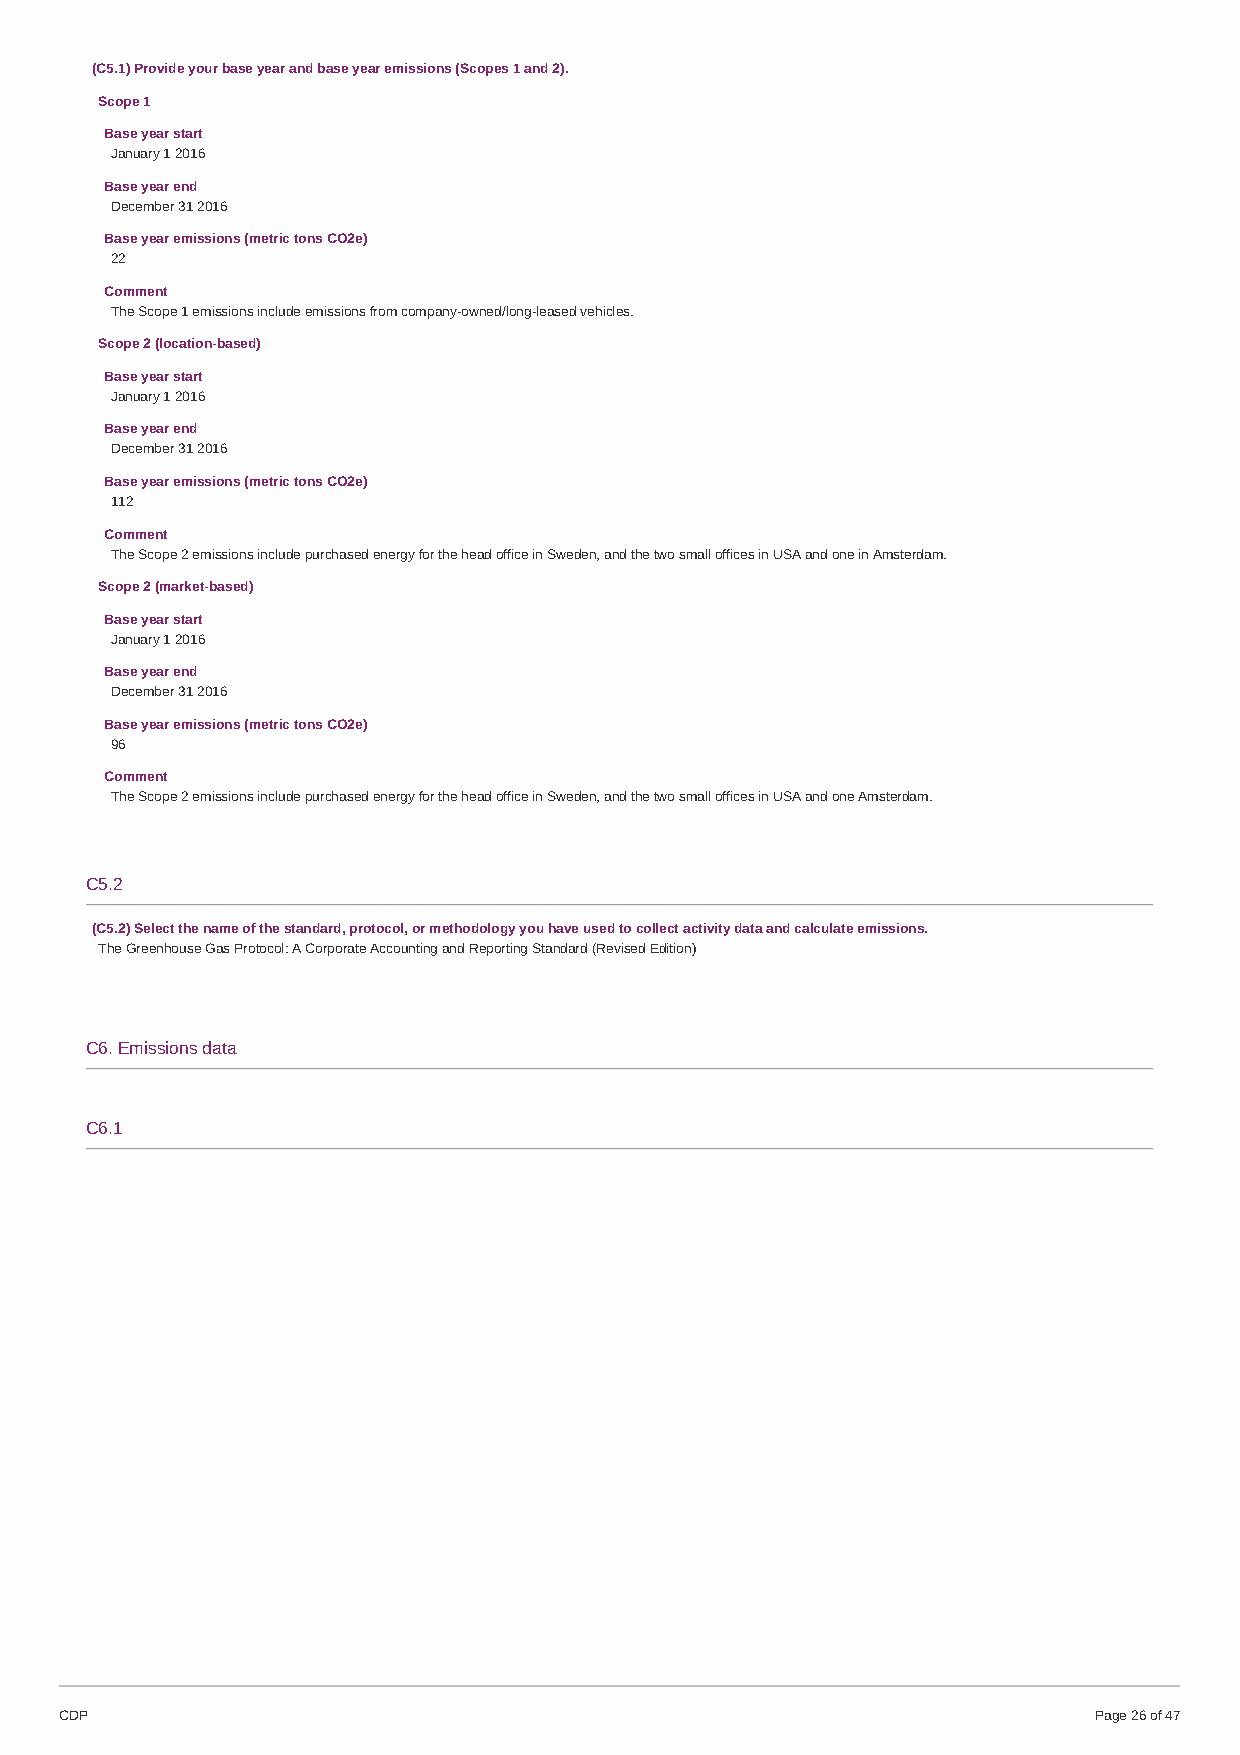
(C5.1) Provide your base year and base year emissions (Scopes 1 and 2).
 Scope 1
 Base year start
 January 1 2016
 Base year end
 December 31 2016
 Base year emissions (metric tons CO2e)
 22
 Comment
 The Scope 1 emissions include emissions from company-owned/long-leased vehicles.
 Scope 2 (location-based)
 Base year start
 January 1 2016
 Base year end
 December 31 2016
 Base year emissions (metric tons CO2e)
 112
 Comment
 The Scope 2 emissions include purchased energy for the head office in Sweden, and the two small offices in USA and one in Amsterdam.
 Scope 2 (market-based)
 Base year start
 January 1 2016
 Base year end
 December 31 2016
 Base year emissions (metric tons CO2e)
 96
 Comment
 The Scope 2 emissions include purchased energy for the head office in Sweden, and the two small offices in USA and one Amsterdam.
 C5.2
 (C5.2) Select the name of the standard, protocol, or methodology you have used to collect activity data and calculate emissions.
 The Greenhouse Gas Protocol: A Corporate Accounting and Reporting Standard (Revised Edition)
 C6. Emissions data
 C6.1
 CDP                                                                 Page 26 of 47